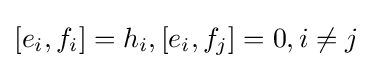
[e_{i},f_{i}]=h_{i},[e_{i},f_{j}]=0,i\neq j